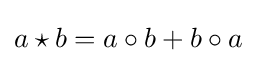
a\star b=a\circ b+b\circ a